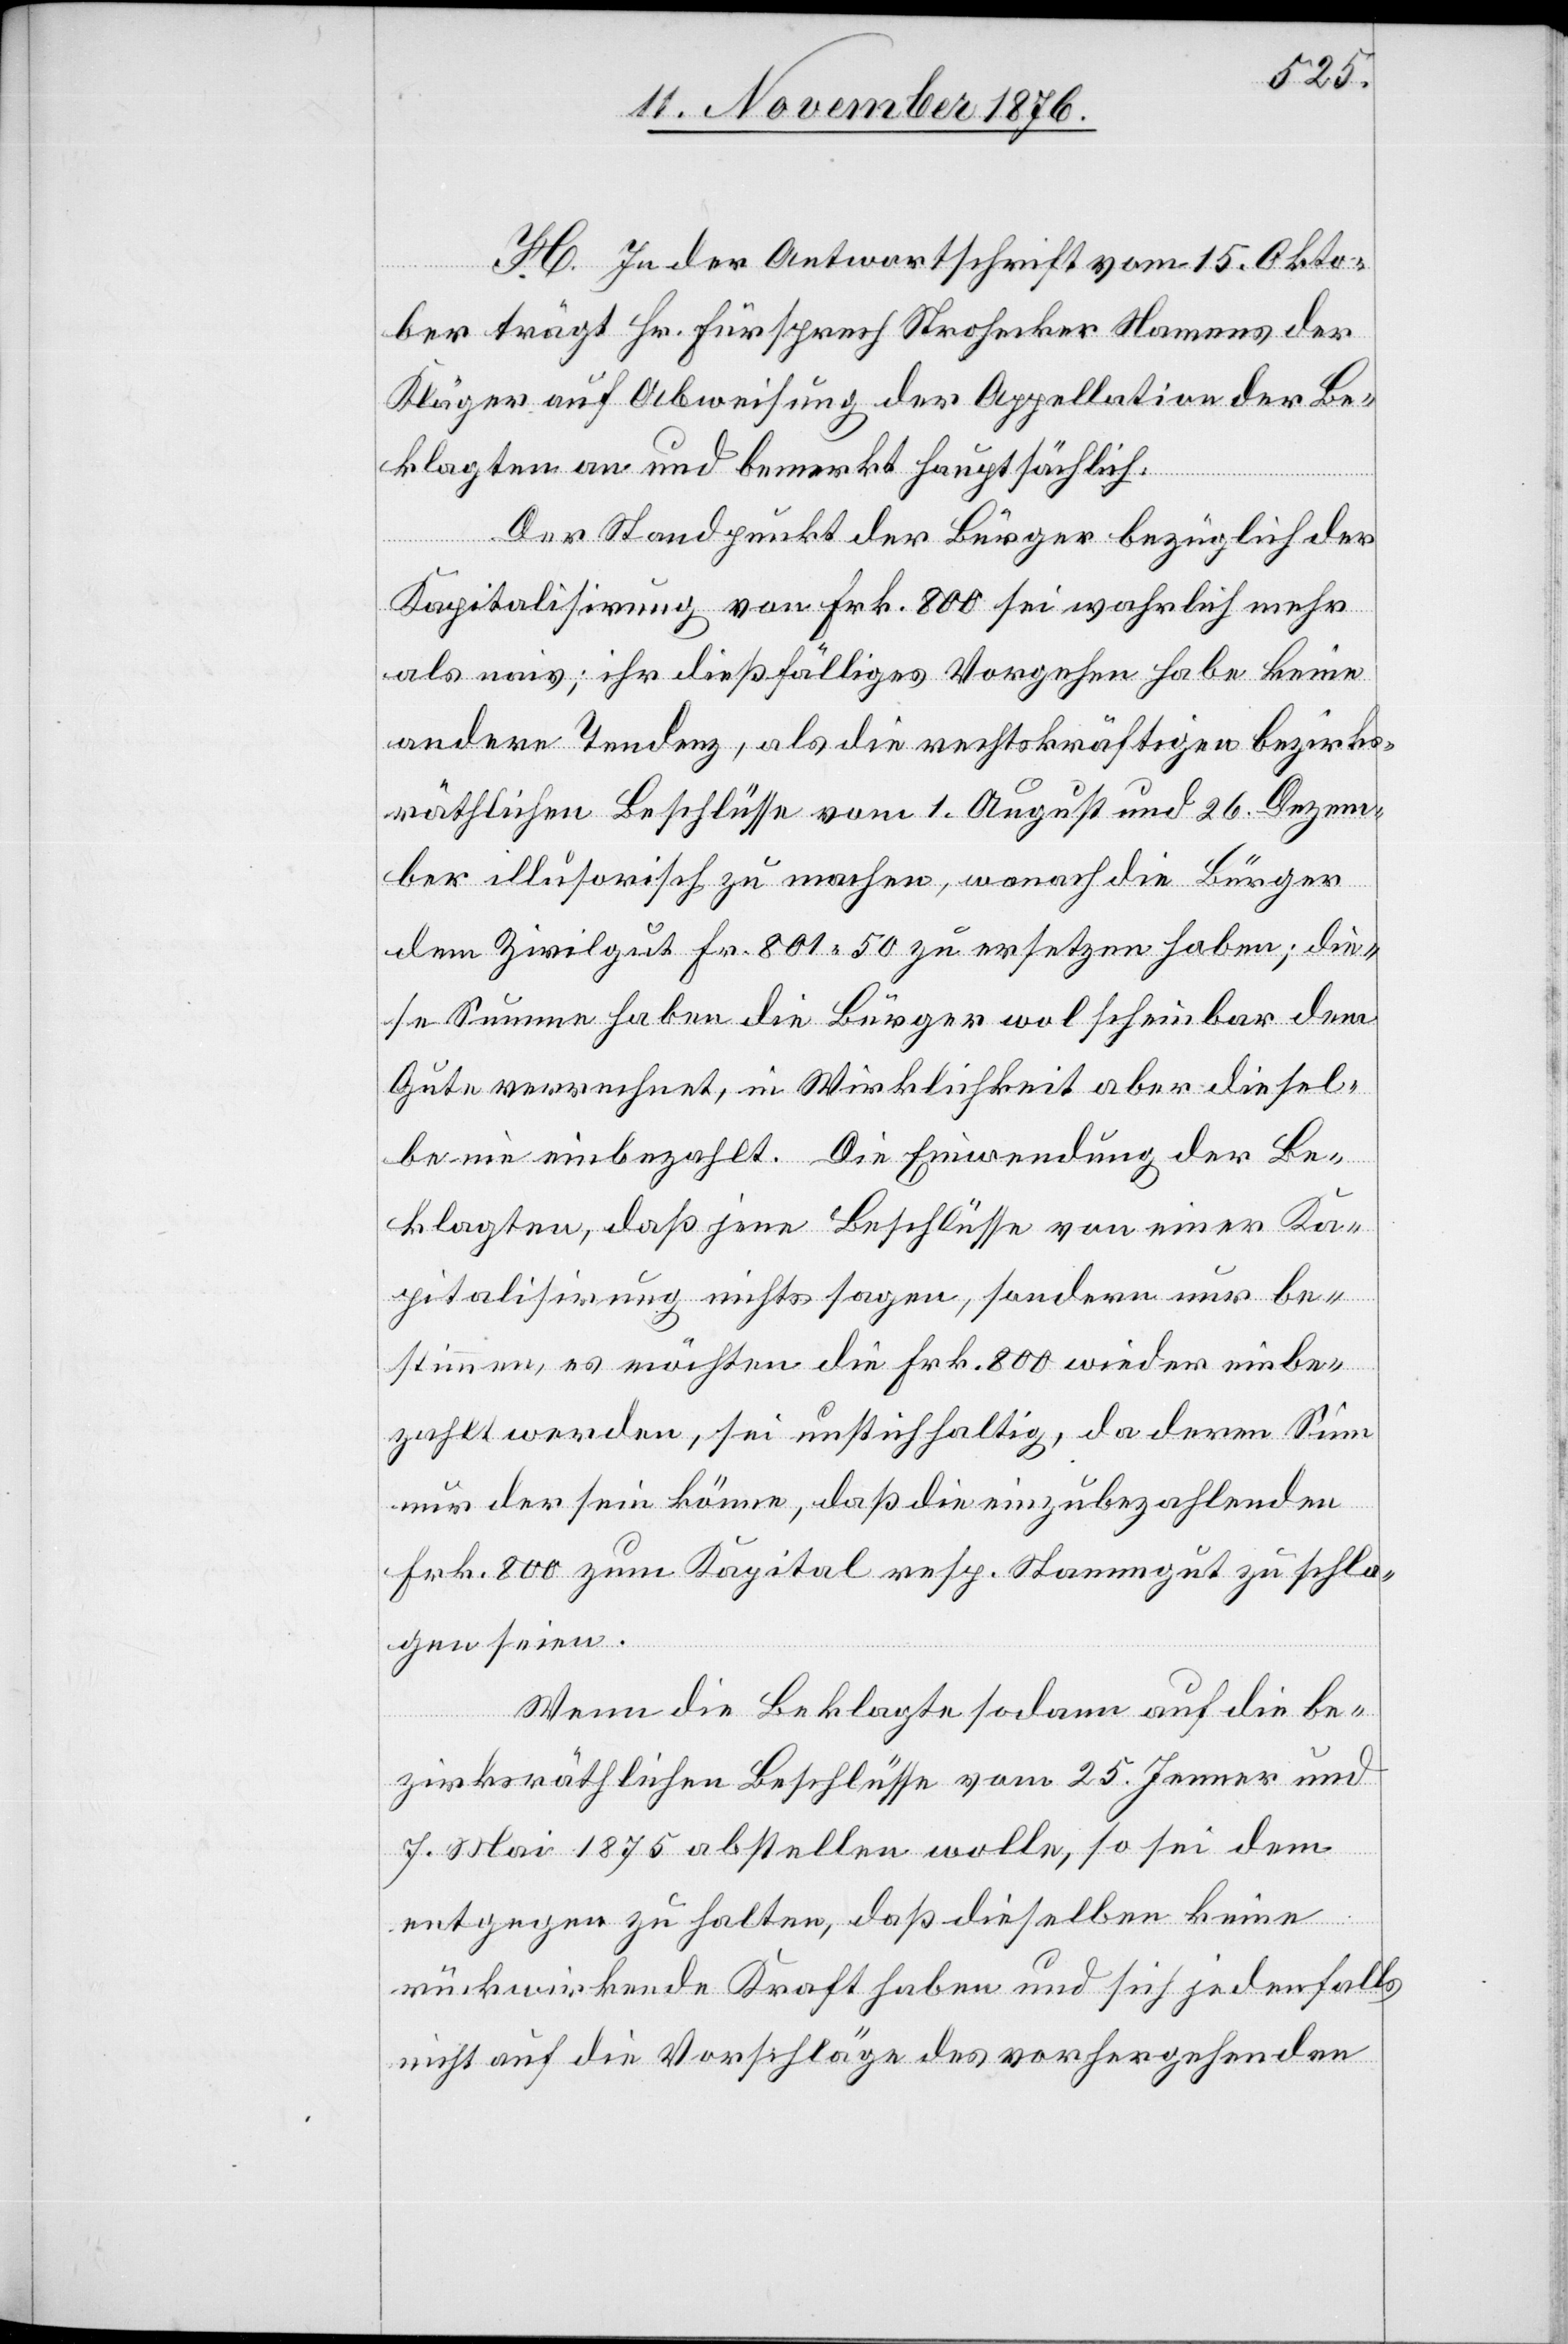
H. In der Antwortschrift vom 15. Okto¬
ber trägt Hr. Fürsprech Strohecker Namens der
Kläger auf Abweisung der Appellation der Be¬
klagten an und bemerkt hauptsächlich:
Der Standpunkt der Bürger bezüglich der
Kapitalisirung von Frk. 800 sei wahrlich mehr
als naiv; ihr dießfälliges Vorgehen habe keine
andere Tendenz, als die rechtskräftigen bezirks¬
räthlichen Beschlüsse vom 1. August und 26. Dezem¬
ber illusorisch zu machen, wonach die Bürger
dem Zivilgut Fr. 801 50 zu ersetzen haben; die¬
se Summe haben die Bürger wol scheinbar dem
Gute verrechnet, in Wirklichkeit aber diesel¬
be nie einbezahlt. Die Einwendung der Be¬
klagten, daß jene Beschlüsse von einer Ka¬
pitalisirung nichts sagen, sondern nur be¬
stimmen, es möchten die Frk. 800 wieder einbe¬
zahlt werden, sei unstichhaltig, da deren Sinn
nur der sein könne, daß die einzubezahlenden
Frk. 800 zum Kapital resp. Stammgut zu schla¬
gen seien.
Wenn die Beklagte sodann auf die be¬
zirksräthlichen Beschlüsse vom 25. Jenner und
7. Mai 1875 abstellen wolle, so sei dem
entgegen zu halten, daß dieselben keine
rückwirkende Kraft haben und sich jedenfalls
nicht auf die Vorschläge des vorhergehenden